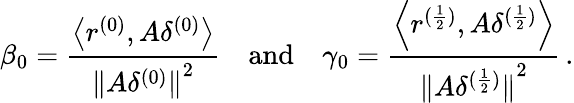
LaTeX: \beta_{0}=\frac{{\left\langle{{r^{(0)}},A{\delta^{(0)}}}\right\rangle}}{{{{\| {A{\delta^{(0)}}}\| }^{2}}}}\quad{\mathrm{and}}\quad{{\gamma_{0}}=\frac{{\left\langle{{r^{(\frac{1}{2})}},A{\delta^{(\frac{1}{2})}}}\right\rangle}}{{{{\| {A{\delta^{(\frac{1}{2})}}}\| }^{2}}}}}\, .